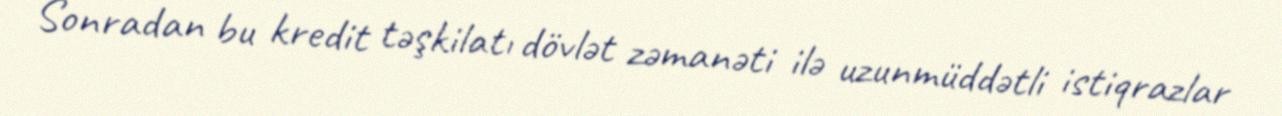
Sonradan bu kredit təşkilatı dövlət zəmanəti ilə uzunmüddətli istiqrazlar